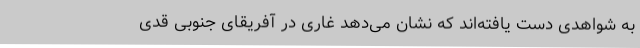
به شواهدی دست ‌یافته‌اند که نشان می‌دهد غاری در آفریقای جنوبی قدی